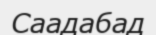
Саадабад